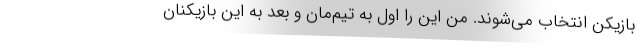
بازیکن انتخاب می‌شوند. من این را اول به تیم‌مان و بعد به این بازیکنان